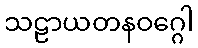
သဠာယတနဝဂ္ဂေါ